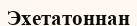
Эхетатоннан